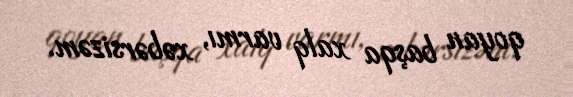
qoyan başqa xalq varmı, xəbərsizəm.